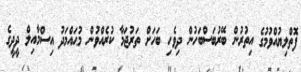
ފޮތްލިޔުއްވުމުގެ އިތުރުން ބޭރުބަސްބަހުން ދިވެހި ބަހަށް ތަރުޖަމާ ކުރެއްވުން މުޙައްމަދު އިސްމާއިލް ދީދީގެ